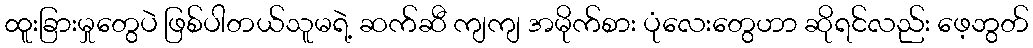
ထူးခြားမှုတွေပဲ ဖြစ်ပါတယ်သူမရဲ့ ဆက်ဆီ ကျကျ အမိုက်စား ပုံလေးတွေဟာ ဆိုရင်လည်း ဖေ့ဘွတ်